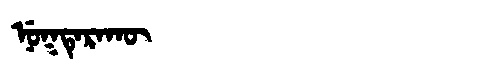
Manchu: ᠨᡠᡴᡨᡝᡵᠠᡴᡡ
Romanization: NUKTERAKŪ